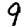
Digit: 9